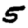
Digit: 5